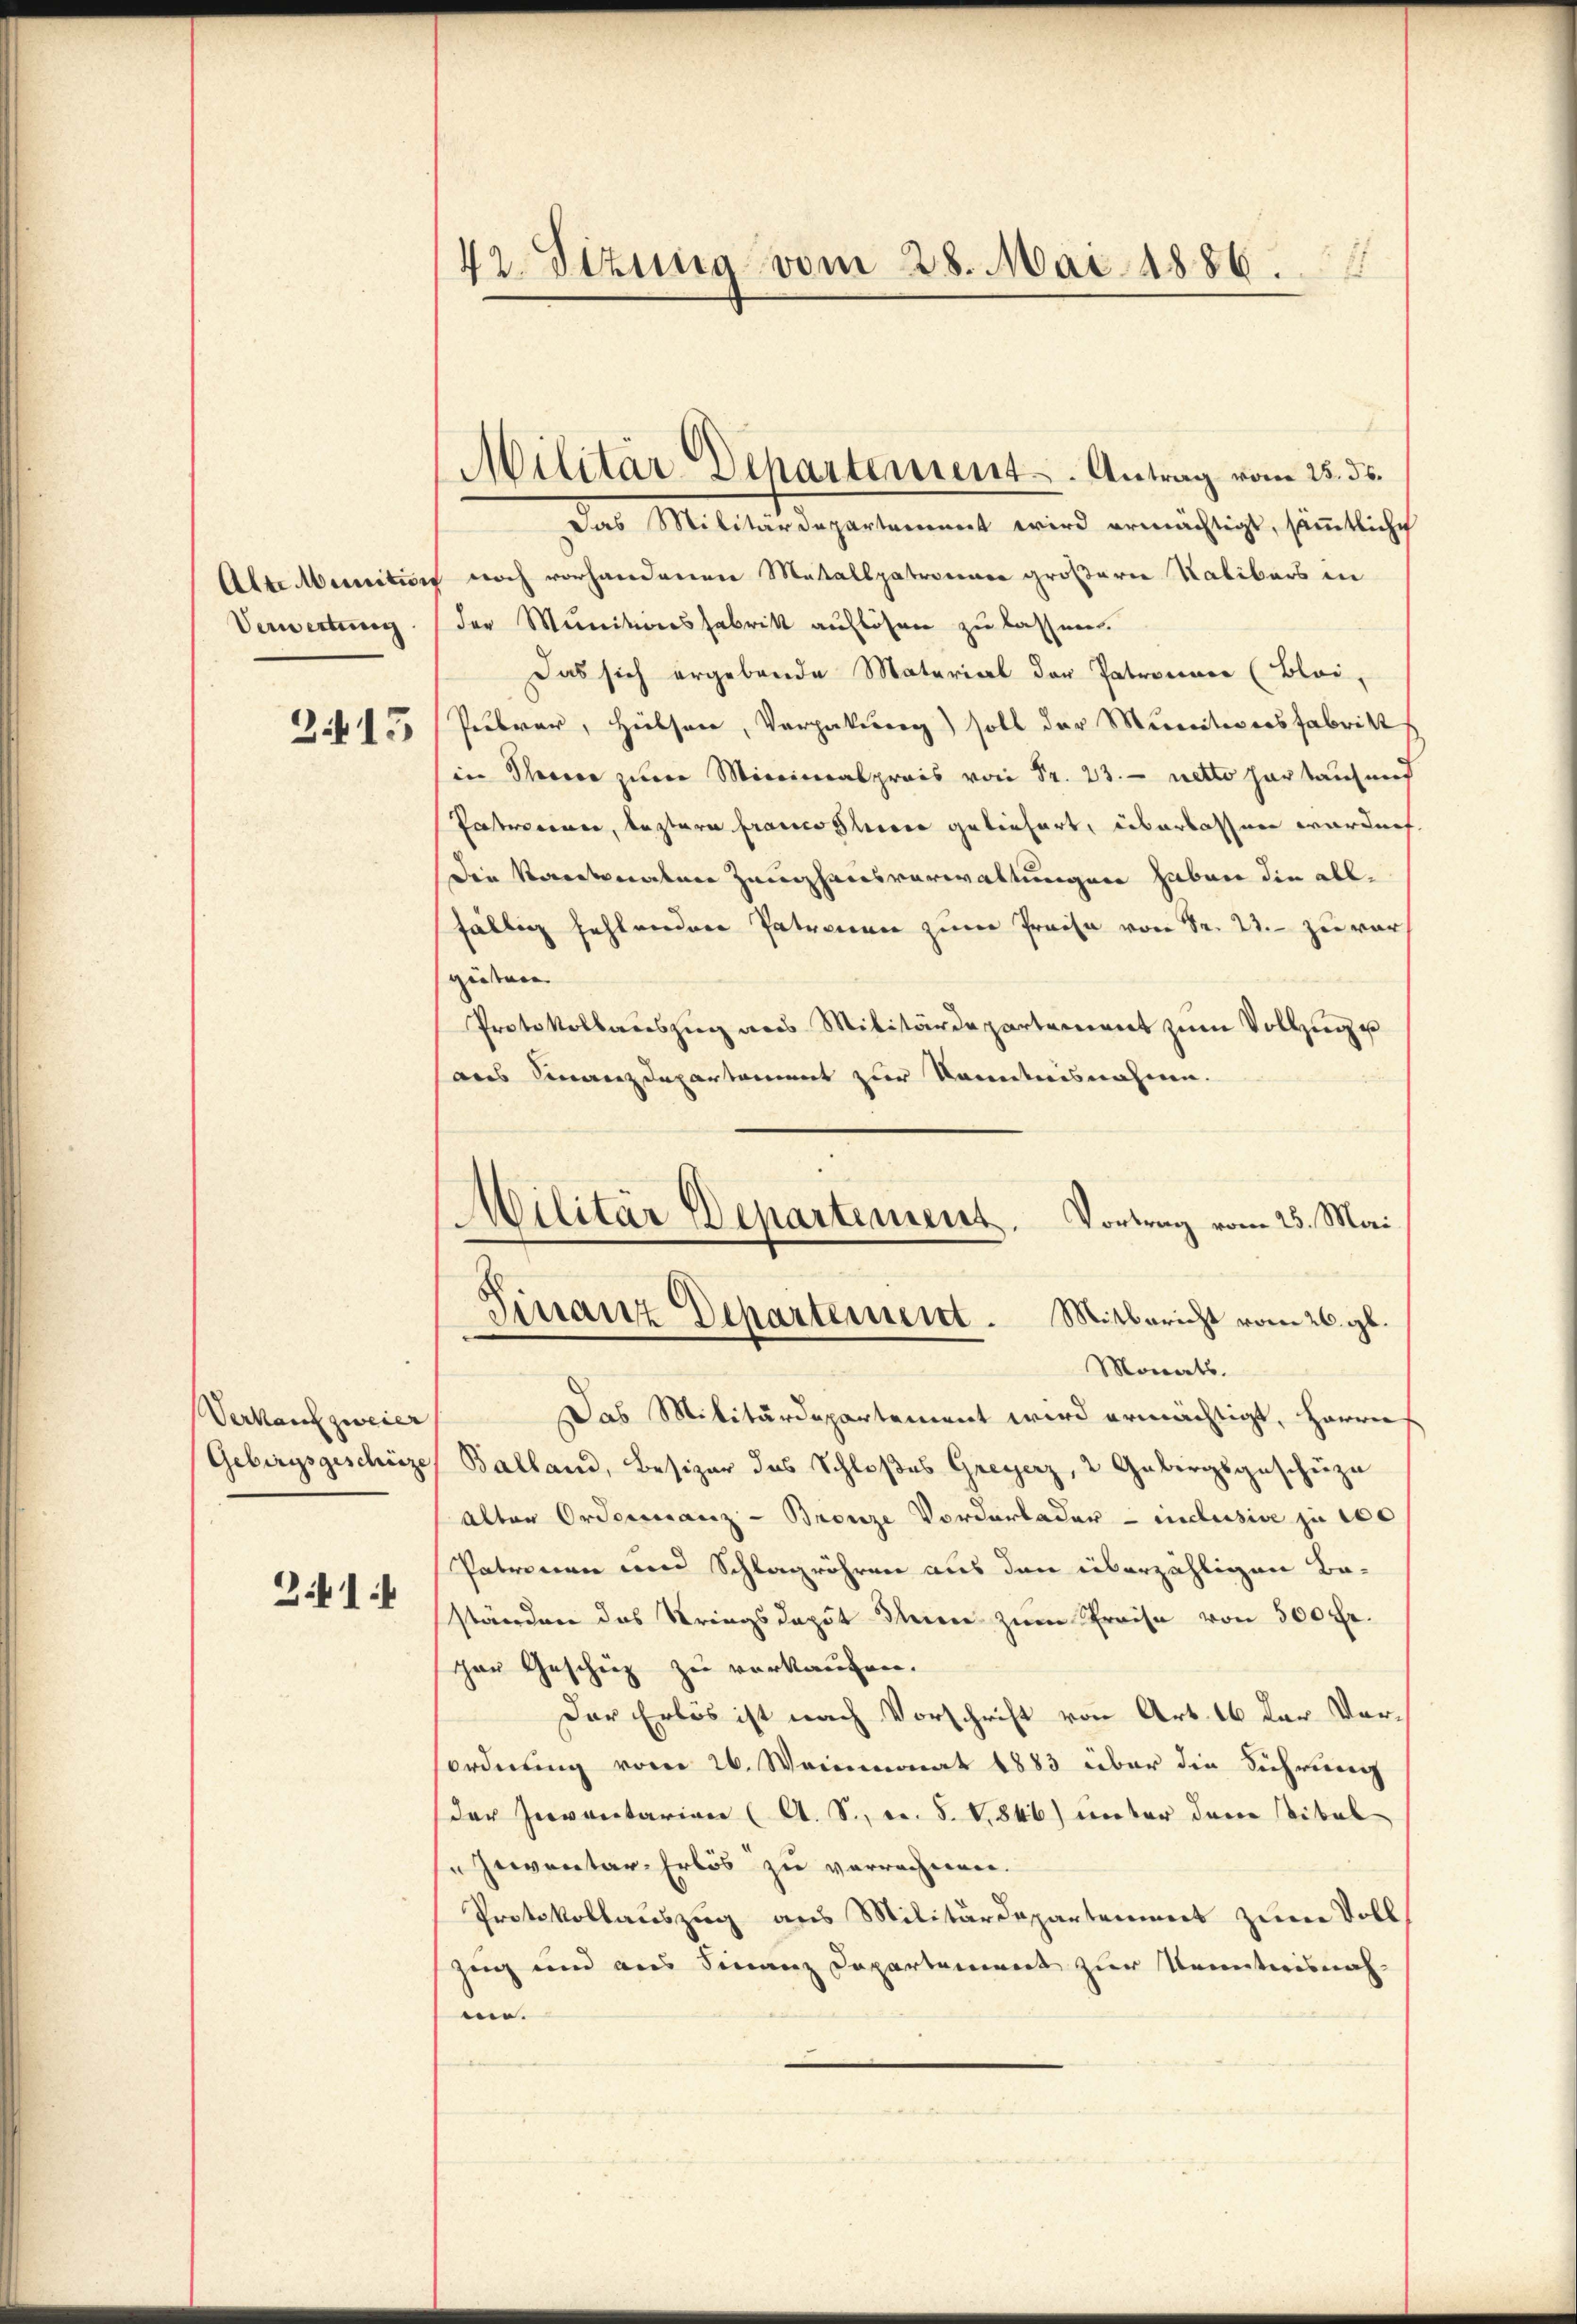
3.415

Verkauf zweier
Gebirgsgeschätze

2.414

1
42. Sizung vom 28. Mai 1886.

Militär Departement. Antrag vom 25. ds.

Militär Departement. Vortrag vom 25. Mai
Finanz Departement. Mitbericht vom 26. gl.
Monats.

Das Militärdepartement wird ermächtigt, sämmtliche
Alte Mainition noch vorhandenen Mattalspatronner größerer Kalibers in
Verwertung. (der Munitionsfabrik auflösen zu lassen.
Das sich ergebende Material der Patronner (Bloi,
Pibrar, Hülsen, Vergabung) soll der Munitionsfabrik
in Therer zum Minimalpreis von Sr. 23. netto herkauf und
Patronen, leztere franco loco geliefert, überlassen worden
Die Kantonalen Zeughausverwaltungen haben die allfällig fehlenden Patronen zum Preise von Sr. 22. zu vor
güten.
Protokollauszug aus Militärdepartement zum Vollzug e
aus Finanzdepartement zur Kenntnisnahme.
Das Militärdepartement wird ermächtigt, Herrn
Balland, Besizer das Schloßes Greyerz, 2 Gebirgsgeschüze
Alter Ordonnanz-Bronze Vorderbader - inclusive zu 100
Patronen und Schlagröhren aus den überzähligen Ba-
ständen das Stringsdaput Seien zum Preise von 500 Fr.
her Geschüz zu verkaufen.
Der Erlös ist nach Vorschrift von Art. 16 der Vorordnung vom 26. Weinmonat 1883 über die Führung
der Inventarian (A. S. Nr. 8. V. 846) unter den Stibel
serventar Erlös zu verrechnen.
Protokollauszug aus Militärdepartement zum Voll
zug und aus Finanz Departement zur Kennterisnahm.